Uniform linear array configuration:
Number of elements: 48
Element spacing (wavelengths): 1
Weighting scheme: hamming
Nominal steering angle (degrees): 30
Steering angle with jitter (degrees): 31.227
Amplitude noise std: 0.05
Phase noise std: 0.05

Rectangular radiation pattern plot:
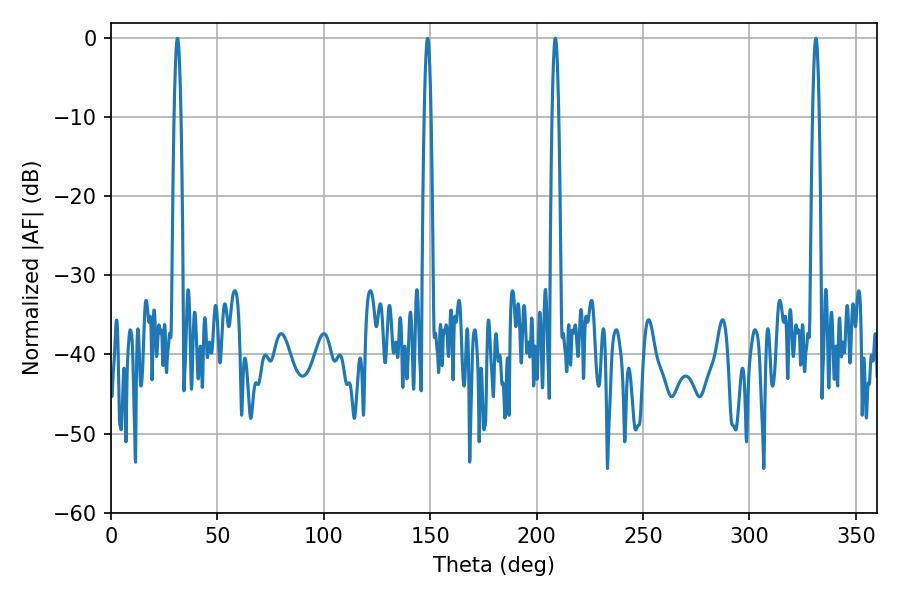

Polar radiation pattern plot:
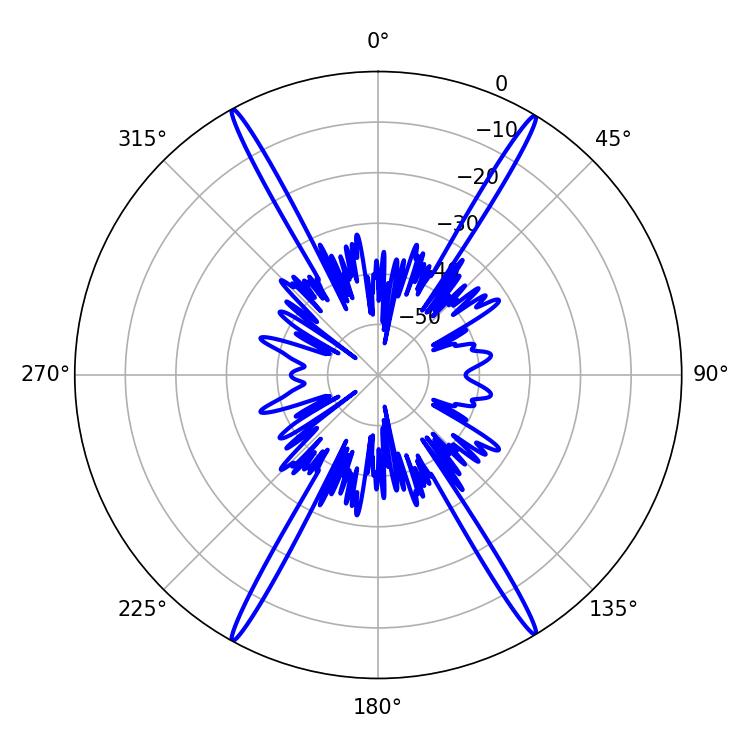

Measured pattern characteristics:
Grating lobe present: TRUE
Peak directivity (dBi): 27.716
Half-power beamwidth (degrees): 1.62
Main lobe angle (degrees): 208.8